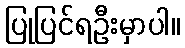
ပြုပြင်ရဦးမှာပါ။